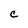
Character: C